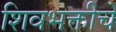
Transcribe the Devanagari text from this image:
शिवभक्तीचे